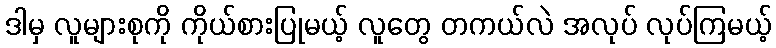
ဒါမှ လူများစုကို ကိုယ်စားပြုမယ့် လူတွေ တကယ်လဲ အလုပ် လုပ်ကြမယ့်